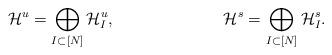
LaTeX: \begin{align*}\mathcal{H}^u &=\bigoplus_{I\subset [N]} \mathcal{H}_I^u, & \mathcal{H}^s &=\bigoplus_{I\subset [N]} \mathcal{H}_I^s.\end{align*}